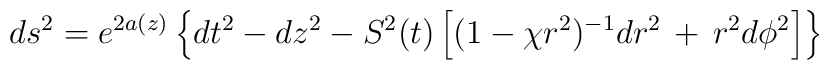
ds^{2} = e^{2a(z)}\left\{ dt^{2} - dz^{2} - S^{2}(t) \left[ (1 - {\chi}r^{2})^{-1}dr^{2} \,+\, r^{2}d{\phi}^{2}\right]\right\}